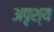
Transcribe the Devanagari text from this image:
अपृश्‍य